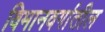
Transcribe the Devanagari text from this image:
विमानवर्गातील